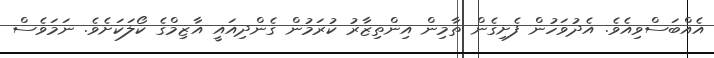
އެއްބަސްވިއެވެ. އެދުވަހުން ފެށިގެން ތާމިން އިންތިޒާރު ކުރަމުން ގެންދިއައީ އާޒިމްގެ ކޯލަކަށެވެ. ނަމަވެސް